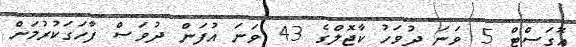
އޮގަސްޓް 5 ވަނަ ދުވަހު ކާޖޮލްގެ 43 ވަނަ އުފަން ދުވަސް ފާހަގަކުރުމަށް